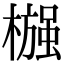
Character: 𬄶